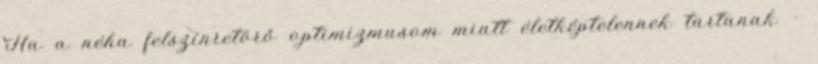
Ha a néha felszínretörő optimizmusom miatt életképtelennek tartanak -